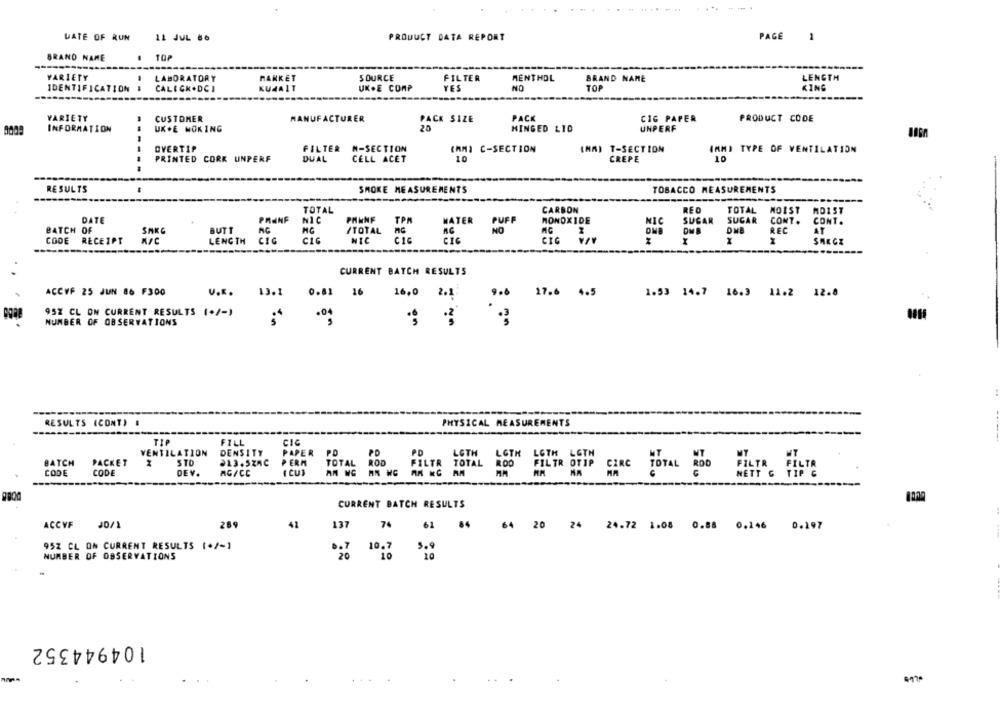
.... .-.
PRODUCT DATA REPORT
PAGE
1
UATE OF RUN
11 JUL 86
BRAND NAME
. TOP
VARIETY
LABORATORY
SOURCE
FILTER
MENTHOL
BRAND NAME
LENGTH
MARKET
IDENTIFICATION
CALECK.DCI
KUMAIT
UK.E COMP
YES
NO
TOP
KING
VARIETY
CUSTOMER
MANUFACTURER
PACK SIZE
PACK
CIG PAPER
PRODUCT CODE
INFORMATION
UK.E WOKING
20
HINGED LID
UNPERF
--.
OVERTIP
FILTER #-SECTION
(AM) C-SECTION
(MA) T-SECTION
IMMI TYPE OF VENTILATION
PRINTED CORK UNPERF
DUAL
CELL ACET
10
CREPE
10
---
RESULTS
SMOKE MEASUREMENTS
TOBACCO MEASUREMENTS
RED
MOIST
TOTAL
CARBON
TOTAL
MD1ST
DATE
PAINF
NIC
PHINF
TPA
MATER
PUFF
MONOXIDE
SUGAR
SUGAR
CONT.
CONT.
BATCH OF
SAKC
NO
NIC
REC
AT
BUTT
/TOTAL
DNB
CODE RECEIPT
LENGTH
CIC
NIC
CIC
CIC
CIG
SHECZ
CURRENT BATCH RESULTS
ACCVF 25 JUN 86 F300
U.K.
13.1
0.81
16
16,0
2.1:
17.6 4.5
1.53 14.7 16.3 12.2 12.8
95% CL ON CURRENT RESULTS (+/-)
.04
NUMBER OF OBSERVATIONS
en
RESULTS (CONT) .
PHYSICAL MEASUREMENTS
TIP
FILL
CIC
PO
VENTILATION
DENSITY
PAPER PO
LOTH
LOTH
BATCH
PACKET
STO
213.5ZAC
PERM
TOTAL ROD
TOTAL
ROD
CODE
CODE
DEV.
AG/CC
( CU)
CURRENT BATCH RESULTS
ACCVF
J0/1
289
42
137
74
61
84
64
20
24
24.72 1.08 0.88 0.246 0.197
95Z CL ON CURRENT RESULTS (+/-1
10.7
5.9
NUMBER OF OBSERVATIONS
10
10
104944352